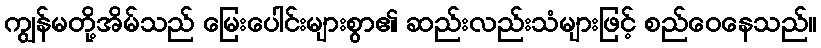
ကျွန်မတို့အိမ်သည် မြေးပေါင်းများစွာ၏ ဆည်းလည်းသံများဖြင့် စည်ဝေနေသည်။